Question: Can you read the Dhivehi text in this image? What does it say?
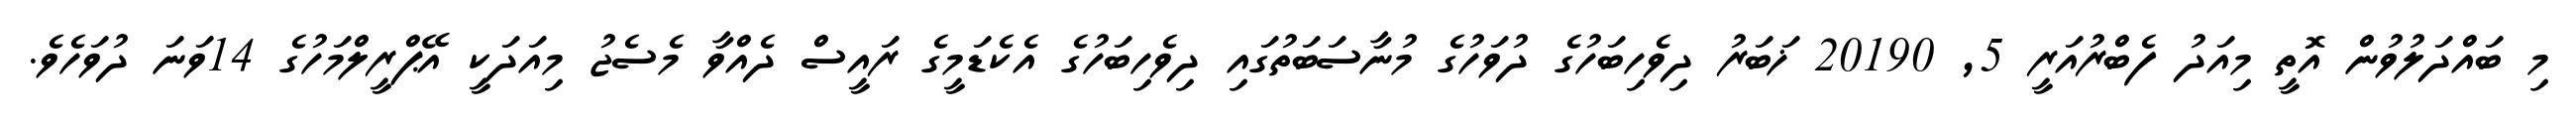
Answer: މި ބައްދަލުވުން އޮތީ މިއަދު ފެބްރުއަރީ 5, 20190 ޚަބަރު ދިވެހިބަހުގެ ދުވަހުގެ މުނާސަބަތުގައި ދިވެހިބަހުގެ އެކެޑަމީގެ ރައީސް ދެއްވާ މެސެޖު މިއަދަކީ އޭޕްރީލްމަހުގެ 14ވަނަ ދުވަހެވެ.